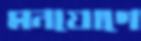
মনযোগে